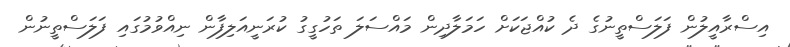
އިސްރާއީލުން ފަލަސްތީނުގެ ދެ ކުއްޖަކަށް ހަމަލާދިން މައްސަލަ ތަހުގީގު ކުރަނީއަލިފާން ނިއްވުމުގައި ފަލަސްތީނުން